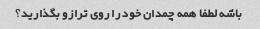
باشه لطفا همه چمدان خود را روی ترازو بگذارید؟